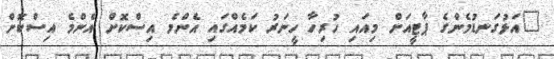
"އަޅުގަނޑުމެންގެ ޕާޓީއަށް މިއައި ހުރިހާ ހީނަރު ކަމެއްގައި އެންމެ އިސްކޮށް އެންމެ އިސްކޮށް